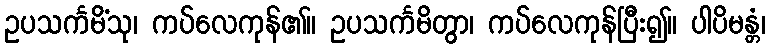
ဥပသင်္ကမိံသု၊ ကပ်လေကုန်၏။ ဥပသင်္ကမိတွာ၊ ကပ်လေကုန်ပြီး၍။ ပါပိမန္တံ၊